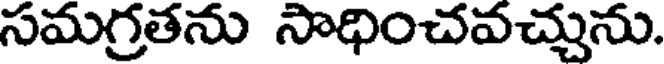
సమగ్రతను సాధించవచ్చును.